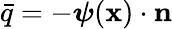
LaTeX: {\bar{q}}=-{\boldsymbol{\psi}}(\mathbf{x})\cdot\mathbf{n}